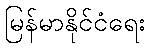
မြန်မာနိုင်ငံရေး